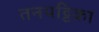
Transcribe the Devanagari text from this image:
तनपट्टिका